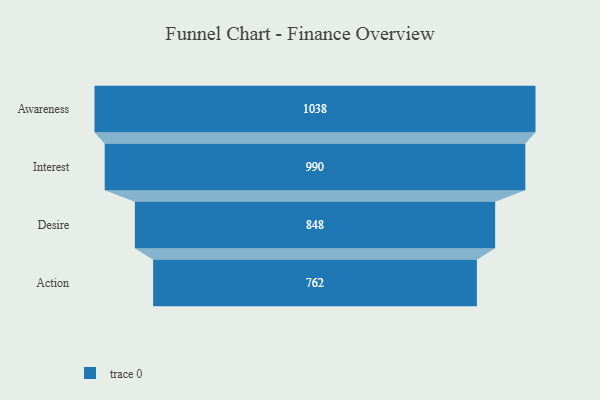
{"axis": {"x": "Stage", "y": "Value"}, "legend": [""], "data": [{"x": "Awareness", "y": 1038.0, "type": ""}, {"x": "Interest", "y": 990.0, "type": ""}, {"x": "Desire", "y": 848.0, "type": ""}, {"x": "Action", "y": 762.0, "type": ""}]}